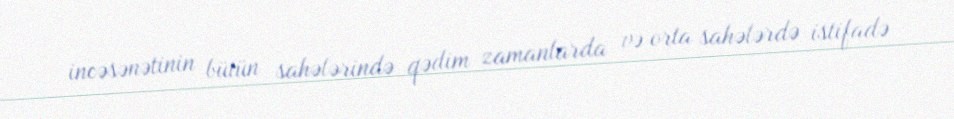
incəsənətinin bütün sahələrində qədim zamanlarda və orta sahələrdə istifadə